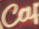
cof